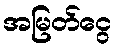
အမြတ်ငွေ